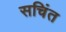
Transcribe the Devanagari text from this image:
सचिंत